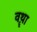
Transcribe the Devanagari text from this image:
वॄथा